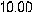
10.00